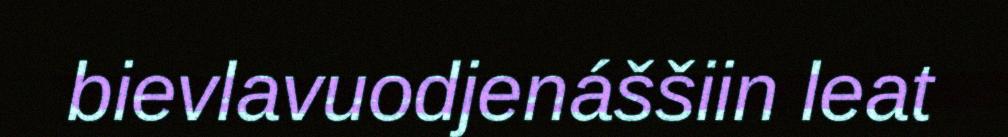
bievlavuodjenáššiin leat